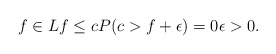
\begin{align*}f\in Lf\le cP(c>f+\epsilon)=0\epsilon>0.\end{align*}